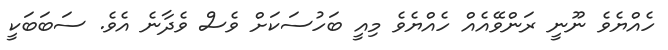
ހެއްޔެވެ ނޫނީ ރަންވޭއެއް ހެއްޔެވެ މިއީ ބަހުސަކަށް ވެސް ވެދާނެ އެވެ. ސަބަބަކީ